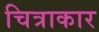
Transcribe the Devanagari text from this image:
चित्राकार